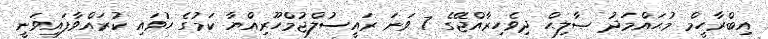
އިބްރާހީމް މުޙައްމަދު ޞާލިޙް ދިވެހިރާއްޖޭގެ 7 ވަނަ ރައީސުލްޖުމްހޫރިއްޔާ ކަމުގެ ހުވައި ކުރައްވާފައިވަނީ